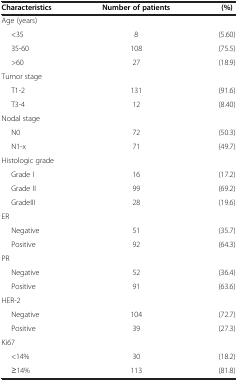
<table><thead><tr><td><b>Characteristics</b></td><td><b>Number of patients</b></td><td><b>(%)</b></td></tr></thead><tbody><tr><td>Age (years)</td><td> </td><td> </td></tr><tr><td>&lt;35</td><td>8</td><td>(5.60)</td></tr><tr><td>35-60</td><td>108</td><td>(75.5)</td></tr><tr><td>&gt;60</td><td>27</td><td>(18.9)</td></tr><tr><td>Tumor stage</td><td> </td><td> </td></tr><tr><td>T1-2</td><td>131</td><td>(91.6)</td></tr><tr><td>T3-4</td><td>12</td><td>(8.40)</td></tr><tr><td>Nodal stage</td><td> </td><td> </td></tr><tr><td>N0</td><td>72</td><td>(50.3)</td></tr><tr><td>N1-x</td><td>71</td><td>(49.7)</td></tr><tr><td>Histologic grade</td><td> </td><td> </td></tr><tr><td>Grade I</td><td>16</td><td>(17.2)</td></tr><tr><td>Grade II</td><td>99</td><td>(69.2)</td></tr><tr><td>GradeIII</td><td>28</td><td>(19.6)</td></tr><tr><td>ER</td><td> </td><td> </td></tr><tr><td>Negative</td><td>51</td><td>(35.7)</td></tr><tr><td>Positive</td><td>92</td><td>(64.3)</td></tr><tr><td>PR</td><td> </td><td> </td></tr><tr><td>Negative</td><td>52</td><td>(36.4)</td></tr><tr><td>Positive</td><td>91</td><td>(63.6)</td></tr><tr><td>HER-2</td><td> </td><td> </td></tr><tr><td>Negative</td><td>104</td><td>(72.7)</td></tr><tr><td>Positive</td><td>39</td><td>(27.3)</td></tr><tr><td>Ki67</td><td> </td><td> </td></tr><tr><td>&lt;14%</td><td>30</td><td>(18.2)</td></tr><tr><td>≥14%</td><td>113</td><td>(81.8)</td></tr></tbody></table>